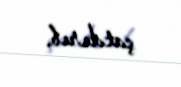
çatdırıb.